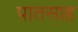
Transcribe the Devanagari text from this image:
पातसाह